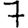
Digit: 7